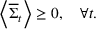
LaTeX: \left\langle { { \overline { { \Sigma } } } _ { t } } \right\rangle \geq 0 , \quad \forall t .